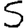
Digit: 5